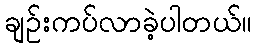
ချဉ်းကပ်လာခဲ့ပါတယ်။